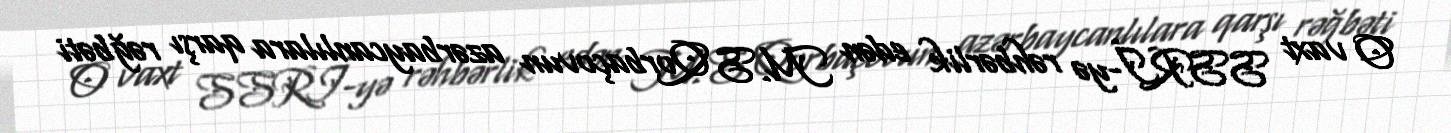
O vaxt SSRİ-yə rəhbərlik edən M.S Qorbaçovun azərbaycanlılara qarşı rəğbəti